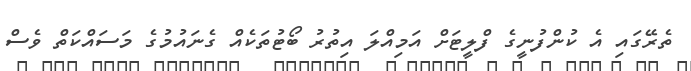
ތެރޭގައި އެ ކުންފުނީގެ ފްލީޓަށް އަމިއްލަ އިތުރު ބޯޓުތަކެއް ގެނައުމުގެ މަސައްކަތް ވެސް